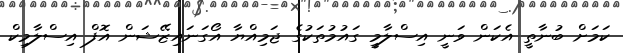
ކަމަށް ބުނާތީ އެކަން ވަނީ އިސްލާމީ ގައުމުތަކުގެ ޖަމިއްޔާ އޯގަނައިޒޭޝަން އޮފް އިސްލާމިކް